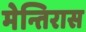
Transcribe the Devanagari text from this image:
मेन्तिरास